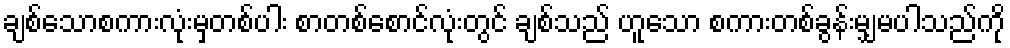
ချစ်သောစကားလုံးမှတစ်ပါး စာတစ်စောင်လုံးတွင် ချစ်သည် ဟူသော စကားတစ်ခွန်းမျှမပါသည်ကို